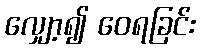
လျှော့၍ ဝေရခြင်း